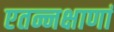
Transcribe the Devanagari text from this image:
एतन्नक्षाणां